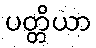
ပတ္တိယာ